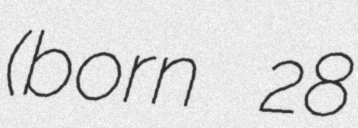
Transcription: (born 28